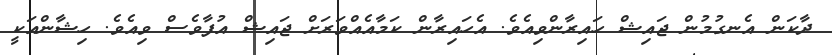
ދާކަން އެނގުމުން ޖައިޝް ހައިރާންވިއެވެ. އެހައިރާން ކަމާއެއްވަރަށް ޖައިޝް އުފާވެސް ވިއެވެ. ހިޝާންއަކީ